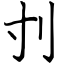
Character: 刌